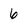
Character: 6